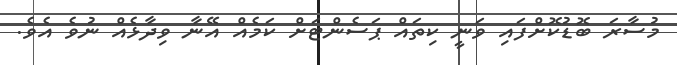
މުސާރަ ބޮޑުކޮށްފައި ވަނީ ކިތައް ޕަސެންޓަށް ކަމެއް އޭނާ ވިދާޅެއް ނުވެ އެވެ.